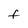
Character: F